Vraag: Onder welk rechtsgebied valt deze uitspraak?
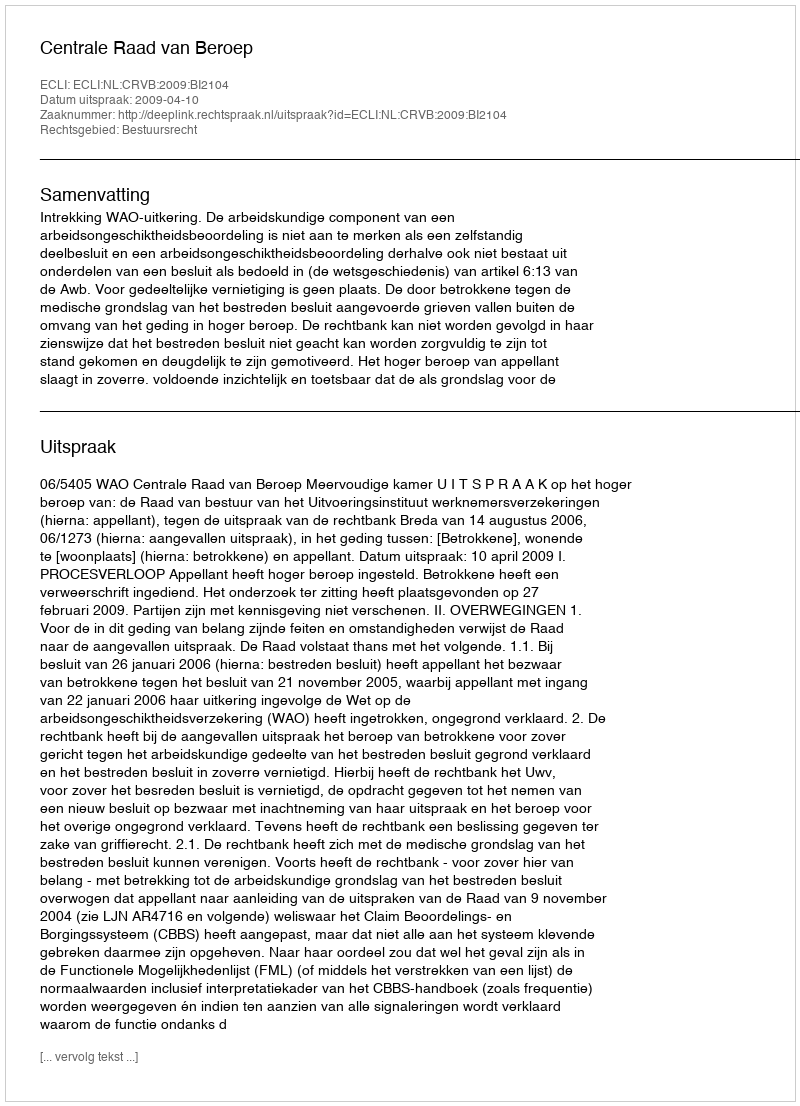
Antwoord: Bestuursrecht